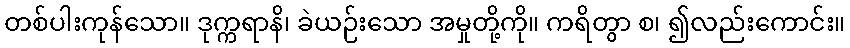
တစ်ပါးကုန်သော။ ဒုက္ကရာနိ၊ ခဲယဉ်းသော အမှုတို့ကို။ ကရိတွာ စ၊ ၍လည်းကောင်း။